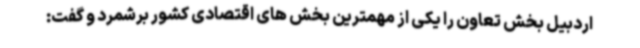
اردبیل بخش تعاون را یکی از مهمترین بخش های اقتصادی کشور برشمرد و گفت: